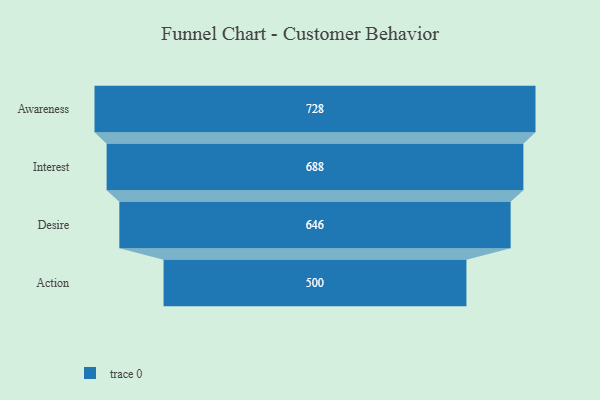
{"axis": {"x": "Stage", "y": "Value"}, "legend": [""], "data": [{"x": "Awareness", "y": 728.0, "type": ""}, {"x": "Interest", "y": 688.0, "type": ""}, {"x": "Desire", "y": 646.0, "type": ""}, {"x": "Action", "y": 500, "type": ""}]}